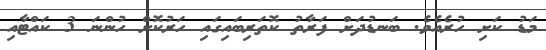
މަޑު ކަށި ހުރެއެވެ. ބަނޑުދަށް ފަރާތު ކޮތަރިބައިގައި ހަރުކޮށް ހުންނަ 3 ކައްޓާއި